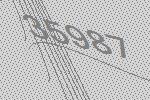
35987